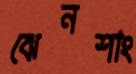
ঝেনশাং